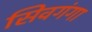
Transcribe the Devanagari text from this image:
सिवगंगा